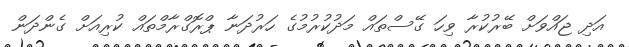
އަދި ޖައްވަށް ބޭރުކުރާ ވިހަ ގޭސްތައް މަދުކުރުމުގެ ހަރުދަނާ ޕްރޮގްރާމްތައް ކުރިއަށް ގެންދަން